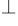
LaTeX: ^\bot